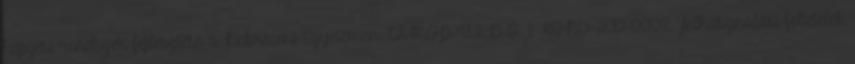
képzési rendszer fejlesztése a Debreceni Egyetemen TÁMOP-4.1.2.D-12 1 KONV-2012-0008. Felhasználási feltételek